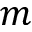
m